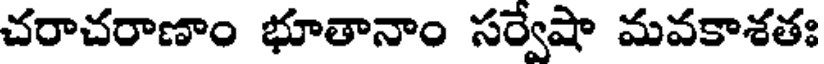
చరాచరాణాం భూతానాం సర్వేషా మవకాశతః